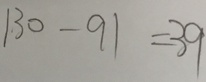
1 3 0 - 9 1 = 3 9